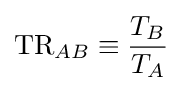
{\mathrm {TR} }_{AB}\equiv {\frac {T_{B}}{T_{A}}}